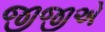
જીજીએ